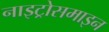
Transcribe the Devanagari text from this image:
नाइट्रोसमाइन